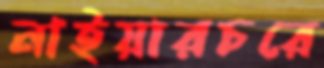
নাইয়ারচরে